Report on inoculation in the plague infected areas of the Punjab and its dependencies from October 1900 to September 1901
Year: 1900
Disease focus: Plague
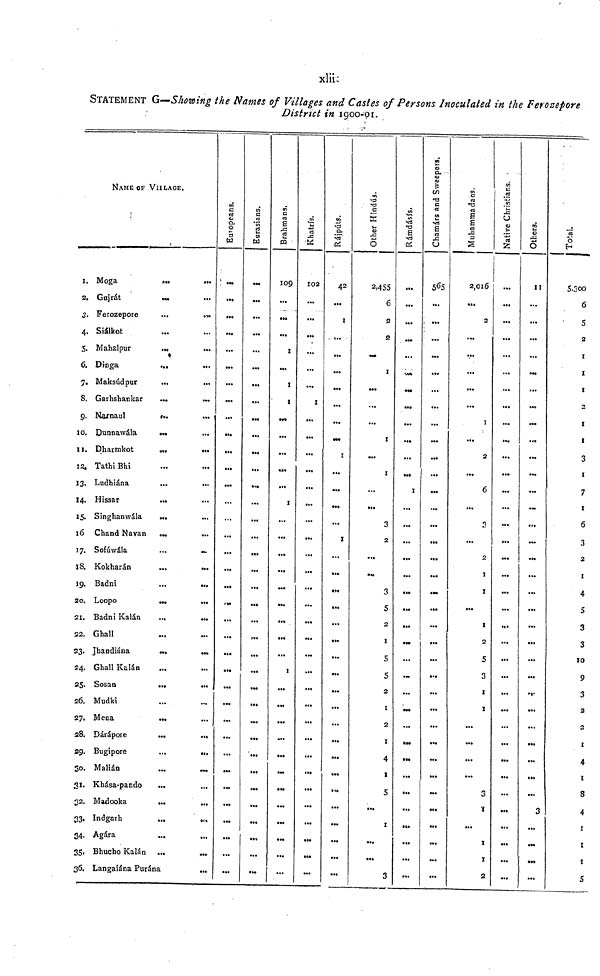
xlii
STATEMENT G—Showing the Names of Villages and Castes of Persons Inoculated in the Ferozepore
District in 1900-01.
1.
2.
3.
4.
5.
6.
7.
8.
9.
10.
11.
12.
13.
14.
15.
16
17
18.
19.
20.
21.
22.
23.
24.
25.
26.
27.
28.
29.
30.
31.
32
33.
34
35.
36.
NAME OF VILLAGE.
Moga
Gujrát
Ferozepore
...
Siálkot
Mahalpur
...
Dinga
Maksúdpur
Garhshankar
...
Narnaul
Dunnawála
Dharmkot
Tathi Bhi
Ludhiana
Hissar
Singhanwála
Chand Navan
Sofúwála
Kokharán
Badni
Loopo
Badni Kalán
...
...
Ghali
Jhandiána
...
...
Ghali Kalán
Sosan
...
Mudki
Mena
...
Dárápore
...
...
Bugipore
...
...
Malián
...
Khása-pando
Madooka
...
Indgarh
...
Agára
Bhucho Kalán ...
...
Langaiána Purána
...
Europeans.
...
...
...
...
...
..
Eurasians.
...
...
..
...
...
...
Brahmans.
109
1
1
1
1
1
Khatrís.
102
...
...
...
1
...
...
Rájpúts.
42
1
...
...
...
1
1
...
Other Hindús.
2,455
6
2
2
•••
1
1
...
3
2
5
2
5
5
2
1
2
r
1
...
...
...
3
Rámdásís.
...
,,,
...
...
...
...
1
...
...
...
...
...
...
...
Chamárs and Sweepers.
565
...
...
...
...
...
...
...
...
...
...
...
...
...
...
...
Muhammadans.
2,016
...
2
...
V
...
...
1
...
2
...
6
.•.
...
2
1
1
1
2
5
3
1
1
...
...
...
...
3
1
...
1
1
2
Native Christians.
...
...
...
...
...
...
...
...
..
...
...
...
...
...
...
...
...
...
...
...
...
...
...
...
Others.
11
...
...
...
...
...
...
...
...
...
...
...
...
...
...
...
...
...
...
...
...
...
Total.
5,300
6
5
2
1
1
1
2
1
1
3
1
7
1
6
3
2
1
4
5
3
3
10
9
3
2
2
1
4
1
3
4
1
1
1
5